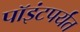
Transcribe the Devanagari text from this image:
पॉइंटपर्यंत